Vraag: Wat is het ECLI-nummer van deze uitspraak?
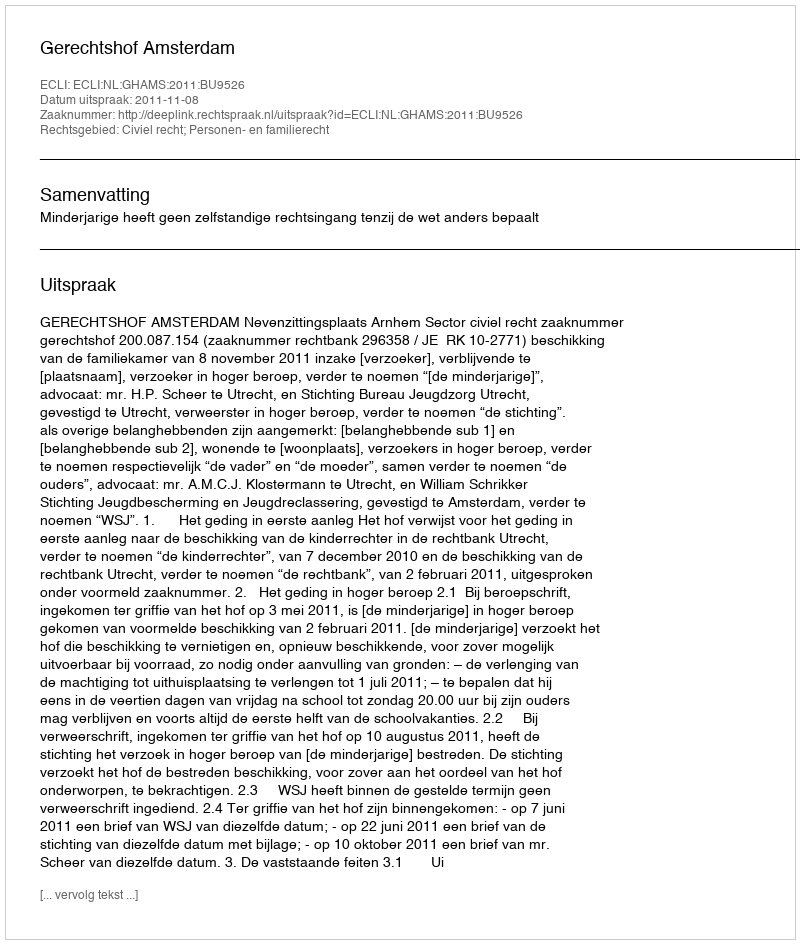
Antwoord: ECLI:NL:GHAMS:2011:BU9526